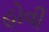
હોવી